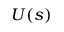
U ( s )